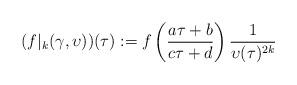
LaTeX: \begin{align*}(f|_{k}(\gamma,\upsilon))(\tau) := f\left(\frac{a\tau+b}{c\tau+d}\right)\frac1{\upsilon(\tau)^{2k}}\end{align*}